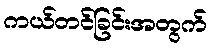
ကယ်တင်ခြင်းအတွက်